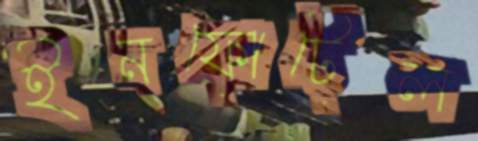
ইনফোটেল